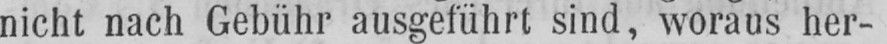
nicht nach Gebühr ausgeführt sind, woraus her-